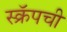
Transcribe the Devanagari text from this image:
स्क्रॅपची